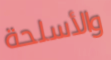
والأسلحة